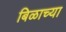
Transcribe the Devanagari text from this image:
बिळाच्या